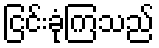
ငြင်းခုံကြသည်